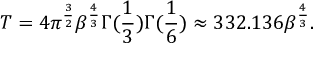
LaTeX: T = 4 \pi ^ { \frac { 3 } { 2 } } \beta ^ { \frac { 4 } { 3 } } \Gamma ( { \frac { 1 } { 3 } } ) \Gamma ( { \frac { 1 } { 6 } } ) \approx 3 3 2 . 1 3 6 \beta ^ { \frac { 4 } { 3 } } .